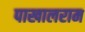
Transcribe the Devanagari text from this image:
पाखालराम